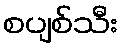
စပျစ်သီး